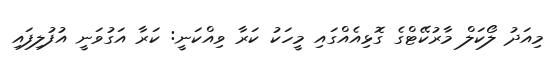
މިއަދު ލޯކަލް މާރުކޭޓްގެ ގޮޅިއެއްގައި މީހަކު ކަރާ ވިއްކަނީ: ކަރާ އަގުވަނީ އުފުލިފައި